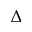
\Delta